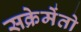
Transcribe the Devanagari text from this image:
सक्रेमेंतो